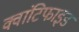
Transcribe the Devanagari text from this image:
क्वांटिफाइड